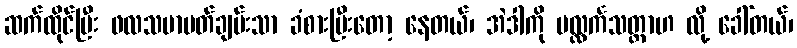
ဆက်ထိုင်ပြီး ဖလသမာပတ်ချမ်းသာ ခံစားပြီးတော့ နေတယ်၊ အဲဒါကို ပလ္လင်္ကသတ္တာဟ လို့ ခေါ်တယ်၊